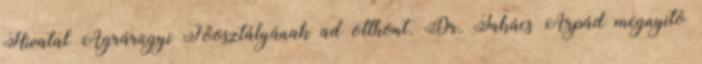
Hivatal Agrárügyi Főosztályának ad otthont. Dr. Takács Árpád megnyitó